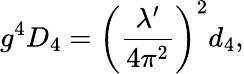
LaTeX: g^{4}D_{4}=\left(\frac{\lambda^{\prime}}{4\pi^{2}}\right)^{2}d_{4},